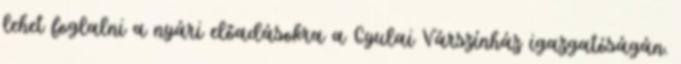
lehet foglalni a nyári előadásokra a Gyulai Várszínház igazgatóságán.